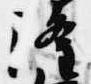
隆